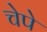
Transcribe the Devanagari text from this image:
चेपे